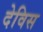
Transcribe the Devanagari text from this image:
देविस